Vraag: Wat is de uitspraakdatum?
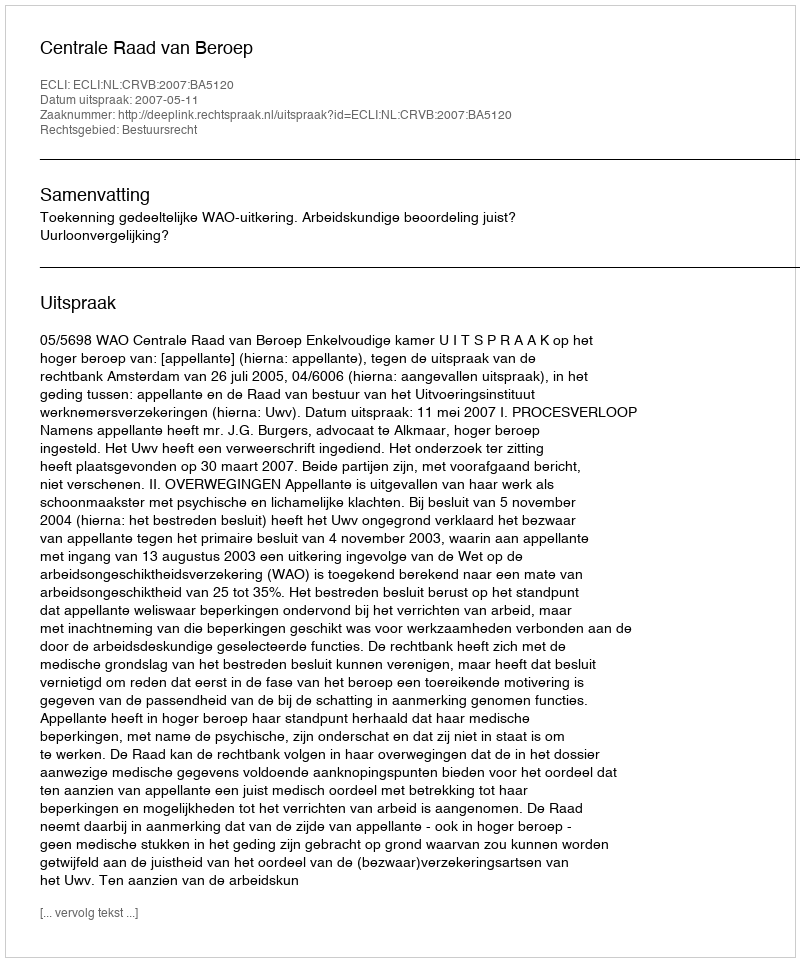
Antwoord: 2007-05-11